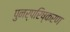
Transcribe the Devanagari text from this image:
पुनर्परिष्करण